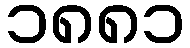
၁၈၈၁